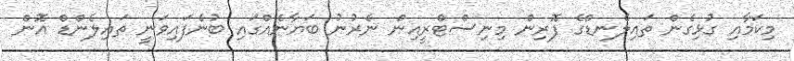
މިކަމާއި ގުޅިގެން ތައިލެނޑްގެ ފޮރިން މިނިސްޓްރީއިން ނެރުނު ބަޔާނެއްގައި ބުނެފައިވަނީ ތައިލެންޑް އޮން